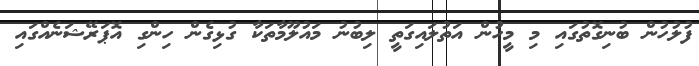
ފުލުހުން ބުނިގޮތުގައި މި މީހުން އަތުލައިގަތީ ލިބުނު މައުލޫމާތަކާ ގުޅިގެން ހިންގި އޮޕަރޭޝަނެއްގައި